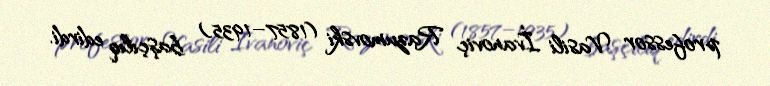
professor Vasili İvanoviç Razumovski (1857–1935) başçılıq edirdi.